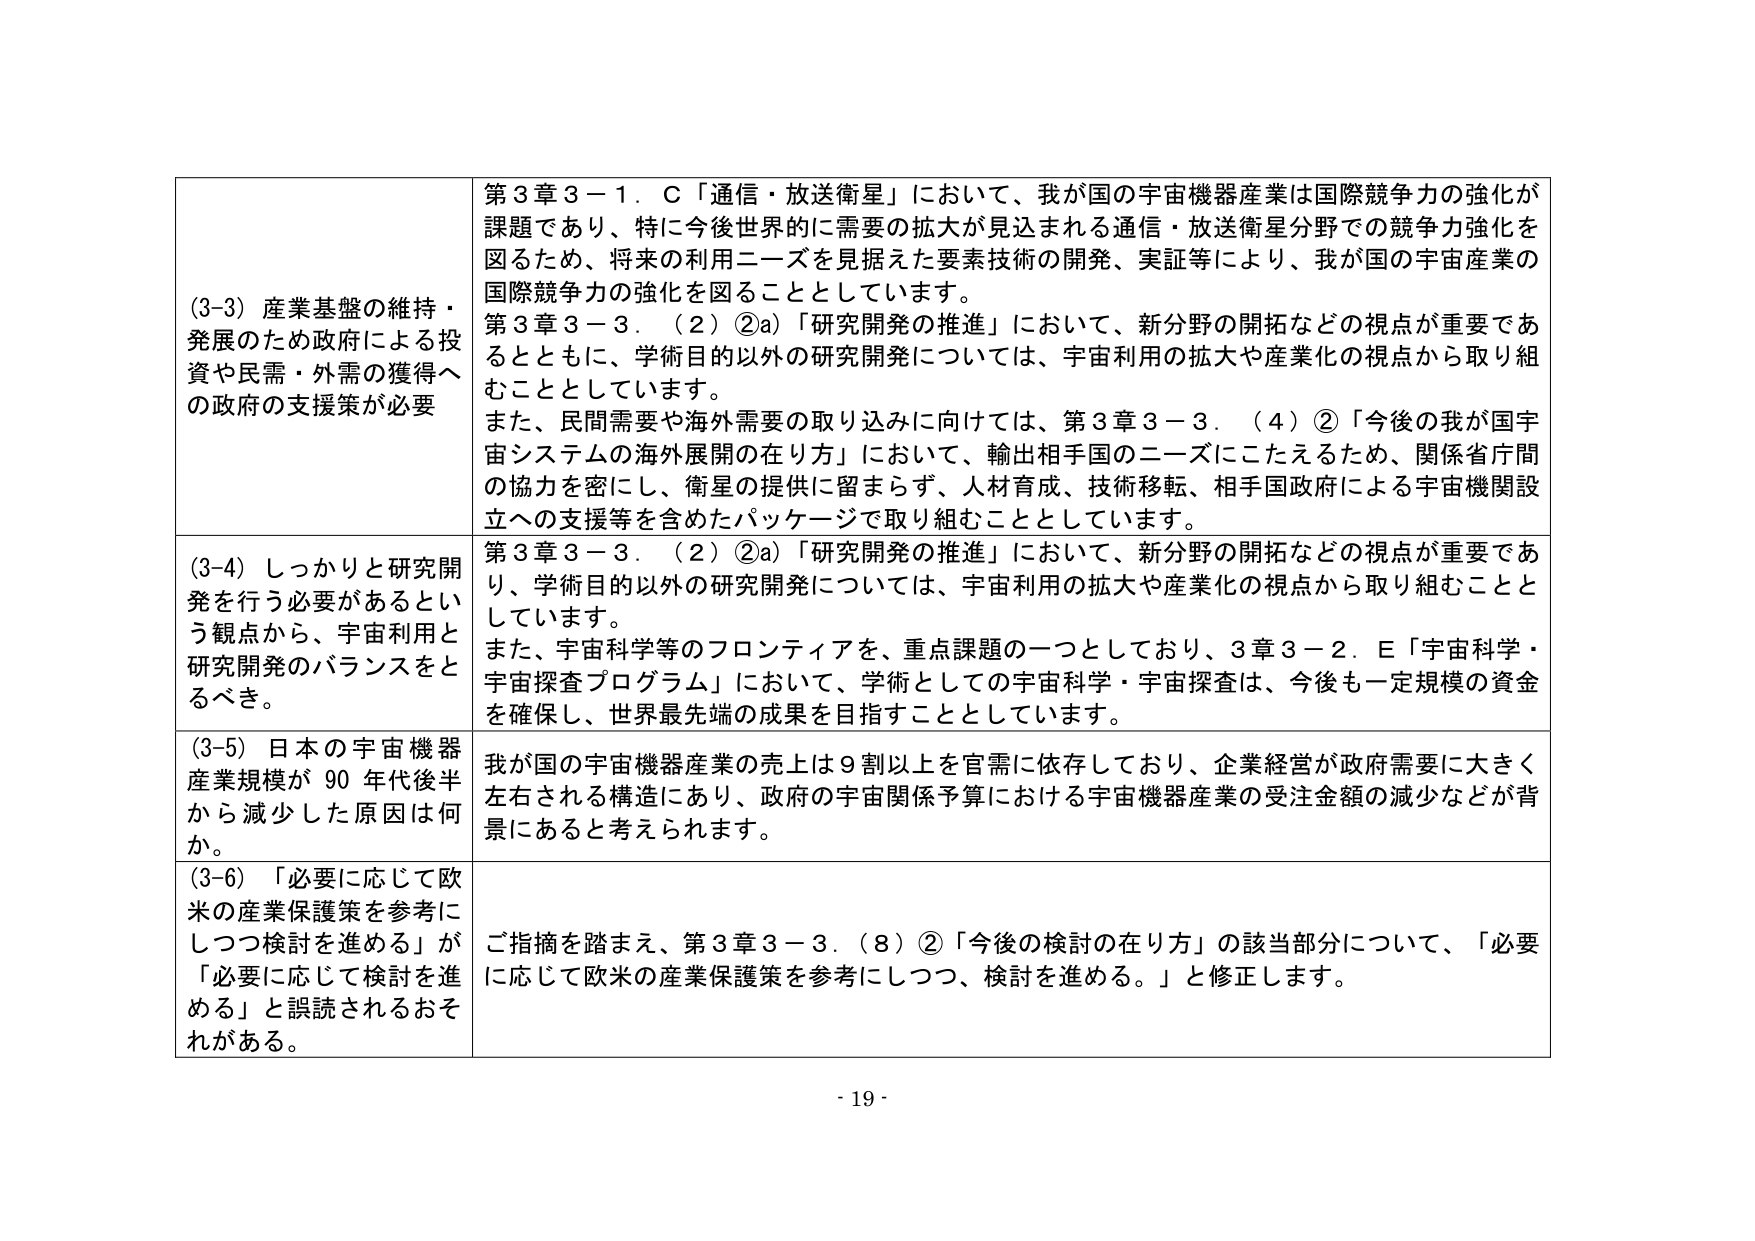
(3-3) 産業基盤の維持・発展のため政府による投資や民需・外需の獲得への政府の支援策が必要

第3章3－1．C「通信・放送衛星」において、我が国の宇宙機器産業は国際競争力の強化が課題であり、特に今後世界的に需要の拡大が見込まれる通信・放送衛星分野での競争力強化を図るため、将来の利用ニーズを見据えた要素技術の開発、実証等により、我が国の宇宙産業の国際競争力の強化を図ることとしています。

第3章3－3．（2）②a)「研究開発の推進」において、新分野の開拓などの視点が重要であるとともに、学術目的以外の研究開発については、宇宙利用の拡大や産業化の視点から取り組むこととしています。

また、民間需要や海外需要の取り込みに向けては、第3章3－3．（4）②「今後の我が国宇宙システムの海外展開の在り方」において、輸出相手国のニーズにこたえるため、関係省庁間の協力を密にし、衛星の提供に留まらず、人材育成、技術移転、相手国政府による宇宙機関設立への支援等を含めたパッケージで取り組むこととしています。

(3-4) しっかりと研究開発を行う必要があるという観点から、宇宙利用と研究開発のバランスをとるべき。

第3章3－3．（2）②a)「研究開発の推進」において、新分野の開拓などの視点が重要であり、学術目的以外の研究開発については、宇宙利用の拡大や産業化の視点から取り組むこととしています。

また、宇宙科学等のフロンティアを、重点課題の一つとしており、3章3－2．E「宇宙科学・宇宙探査プログラム」において、学術としての宇宙科学・宇宙探査は、今後も一定規模の資金を確保し、世界最先端の成果を目指すこととしています。

(3-5) 日本の宇宙機器産業規模が90年代後半から減少した原因は何か。

我が国の宇宙機器産業の売上は9割以上を官需に依存しており、企業経営が政府需要に大きく左右される構造にあり、政府の宇宙関係予算における宇宙機器産業の受注金額の減少などが背景にあると考えられます。

(3-6) 「必要に応じて欧米の産業保護政策を参考にしつつ検討を進める」が「必要に応じて検討を進める」と誤読されるおそれがある。

ご指摘を踏まえ、第3章3－3．（8）②「今後の検討の在り方」の該当部分について、「必要に応じて欧米の産業保護政策を参考にしつつ、検討を進める。」と修正します。

- 19 -